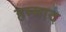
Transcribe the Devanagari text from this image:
हम्माद